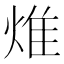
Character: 焳